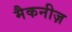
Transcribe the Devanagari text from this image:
मैकनीज़